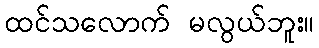
ထင်သလောက် မလွယ်ဘူး။